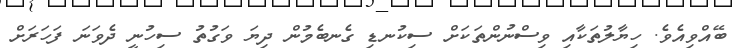
ބޭއްވިއެވެ. ހިޔާލުތަކާއި ވިސްނުންތަކަށް ސިކުނޑި ގެނބެމުން ދިޔަ ވަގުތު ސިހުނީ ދެވަނަ ފަހަރަށް